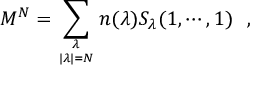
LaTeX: M ^ { N } = \sum _ { { \lambda \atop | \lambda | = N } } n ( \lambda ) S _ { \lambda } ( 1 , \cdots , 1 ) \, \, \, \, ,